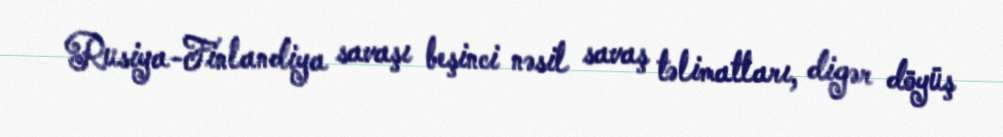
Rusiya-Finlandiya savaşı beşinci nəsil savaş təlimatları, digər döyüş